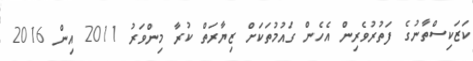
ކަޒަކިސްތާނުގެ ފަތުރުވެރިން އެހެން ގައުމުތަކަށް ޒިޔާރަތް ކުރާ މިންވަރު 2011 އިން 2016